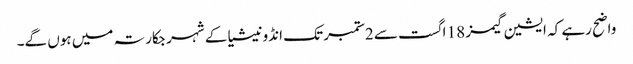
واضح رہے کہ ایشین گیمز 18 اگست سے 2ستمبر تک انڈونیشیا کے شہر جکارتہ میں ہوں گے۔